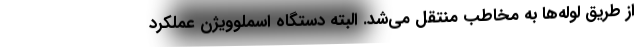
از طریق لوله‌ها به مخاطب منتقل می‌شد. البته دستگاه اسملوویژن عملکرد